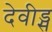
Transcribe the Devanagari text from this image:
देवीड्स